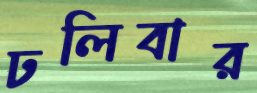
ঢলিবার